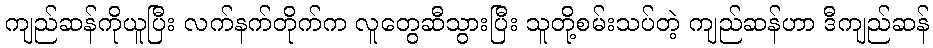
ကျည်ဆန်ကိုယူပြီး လက်နက်တိုက်က လူတွေဆီသွားပြီး သူတို့စမ်းသပ်တဲ့ ကျည်ဆန်ဟာ ဒီကျည်ဆန်